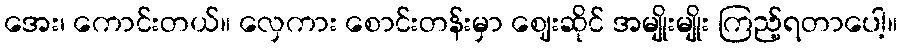
အေး၊ ကောင်းတယ်။ လှေကား စောင်းတန်းမှာ ဈေးဆိုင် အမျိုးမျိုး ကြည့်ရတာပေါ့။